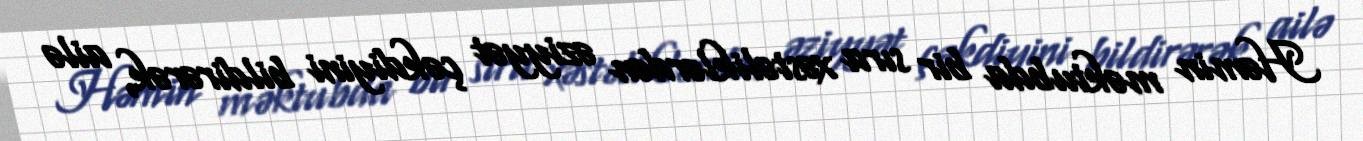
Həmin məktubda bir sıra xəstəliklərdən əziyyət çəkdiyini bildirərək, ailə